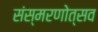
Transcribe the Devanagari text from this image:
संस्मरणोत्सव